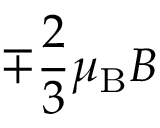
\mp { \frac { 2 } { 3 } } \mu _ { \mathrm { { B } } } B